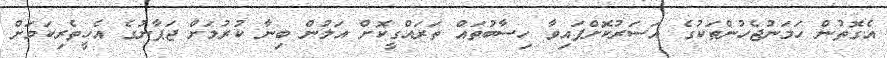
އެގޮތުން ހަމަނުޖެހުންތަކުގެ އަސަރުކޮށްފައިވާ ހިސާބުތައް ތަރައްގީކޮށް އަލުން ބިނާ ކުރުމަށް ޖަޕާނުގެ އެހީތެރިކަމަށް